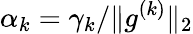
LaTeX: \alpha_{k}=\gamma_{k}/\lVert g^{(k)}\rVert_{2}